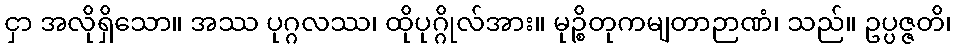
ငှာ အလိုရှိသော။ အဿ ပုဂ္ဂလဿ၊ ထိုပုဂ္ဂိုလ်အား။ မုဉ္စိတုကမျတာဉာဏံ၊ သည်။ ဥပ္ပဇ္ဇတိ၊